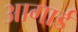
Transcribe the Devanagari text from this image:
आगार्ड